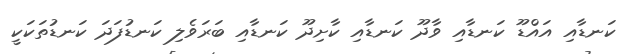
ކަނޑާއި އައްޑޫ ކަނޑާއި ވާދޫ ކަނޑާއި ކާށިދޫ ކަނޑާއި ބަރަވެލި ކަނޑުފަދަ ކަނޑުތަކަކީ